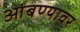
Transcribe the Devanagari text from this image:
आंबण्यावर